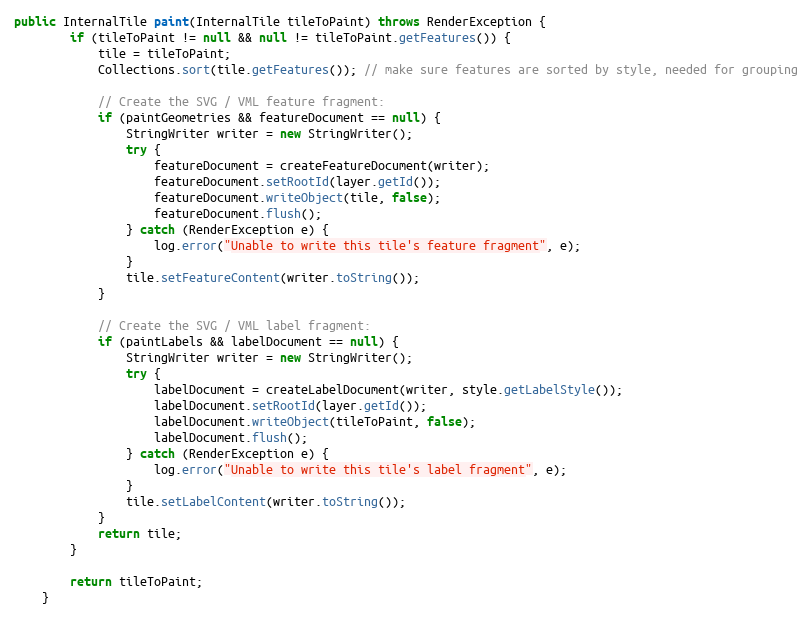
Language: Java
public InternalTile paint(InternalTile tileToPaint) throws RenderException {
		if (tileToPaint != null && null != tileToPaint.getFeatures()) {
			tile = tileToPaint;
			Collections.sort(tile.getFeatures()); // make sure features are sorted by style, needed for grouping

			// Create the SVG / VML feature fragment:
			if (paintGeometries && featureDocument == null) {
				StringWriter writer = new StringWriter();
				try {
					featureDocument = createFeatureDocument(writer);
					featureDocument.setRootId(layer.getId());
					featureDocument.writeObject(tile, false);
					featureDocument.flush();
				} catch (RenderException e) {
					log.error("Unable to write this tile's feature fragment", e);
				}
				tile.setFeatureContent(writer.toString());
			}

			// Create the SVG / VML label fragment:
			if (paintLabels && labelDocument == null) {
				StringWriter writer = new StringWriter();
				try {
					labelDocument = createLabelDocument(writer, style.getLabelStyle());
					labelDocument.setRootId(layer.getId());
					labelDocument.writeObject(tileToPaint, false);
					labelDocument.flush();
				} catch (RenderException e) {
					log.error("Unable to write this tile's label fragment", e);
				}
				tile.setLabelContent(writer.toString());
			}
			return tile;
		}

		return tileToPaint;
	}